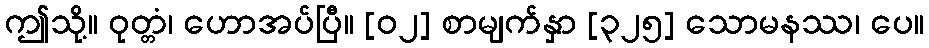
ဤသို့။ ဝုတ္တံ၊ ဟောအပ်ပြီ။ [၀၂] စာမျက်နှာ [၃၂၅] သောမနဿ၊ ပေ။